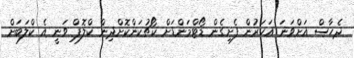
ދެހާސް އަށްވަނަ އަހަރުން ފެށިގެން ޑޯޓްމަންޑަށް ކޯޗުކަންކޮށްދިން ކްލޮޕް ވަނީ އެ ކްލަބަށް